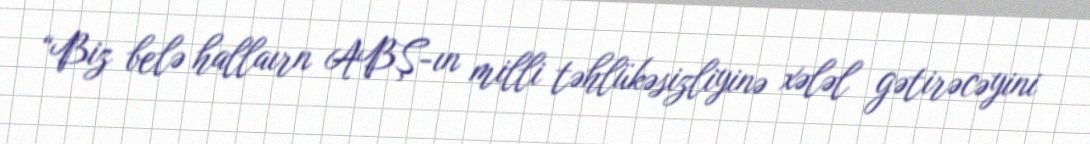
“Biz belə hallaırn ABŞ-ın milli təhlükəsizliyinə xələl gətirəcəyini